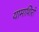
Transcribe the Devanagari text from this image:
यामाशिरो